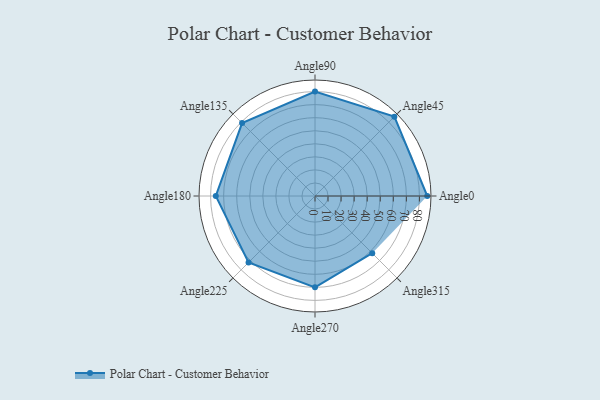
{"axis": {"x": "Angle", "y": "Radius"}, "legend": [""], "data": [{"x": "Angle0", "y": 86.0, "type": ""}, {"x": "Angle45", "y": 86.0, "type": ""}, {"x": "Angle90", "y": 80.0, "type": ""}, {"x": "Angle135", "y": 79.0, "type": ""}, {"x": "Angle180", "y": 76.0, "type": ""}, {"x": "Angle225", "y": 72.0, "type": ""}, {"x": "Angle270", "y": 70.0, "type": ""}, {"x": "Angle315", "y": 62.0, "type": ""}]}